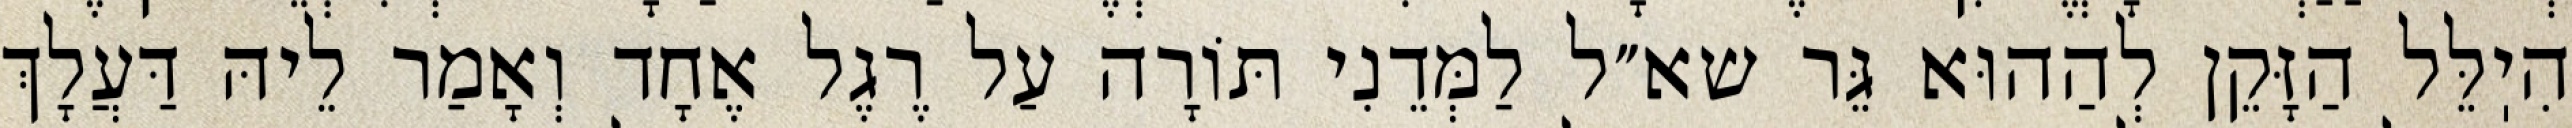
הִיֽלֵּל הַזָּקֵן לְהַהוּא גֵּר שא״ל לַמְּדֵנִי תּוֹרָה עַל רֶגֶל אֶחָד וְאָמַר לֵיהּ דַּעֲלָךְ